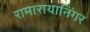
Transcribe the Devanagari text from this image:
रामारायानिंगर